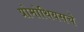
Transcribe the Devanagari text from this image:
प्रोमोथियसचे